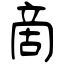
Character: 啇